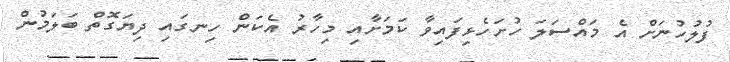
ފުލުހުނަށް އެ މައްސަލަ ހުށަހެޅިފައިވާ ކަމަށާއި މިހާރު އެކަން ހިނގައި ދިޔަގޮތް ބަލަމުން